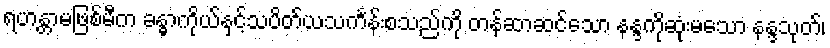
ရဟန္တာမဖြစ်မီက ခန္ဓာကိုယ်နှင့်သပိတ်ယသင်္ကန်းစသည်ကို တန်ဆာဆင်သော နန္ဒကိုဆုံးမသော နန္ဒသုတ်၊